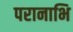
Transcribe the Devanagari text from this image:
परानाभि